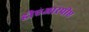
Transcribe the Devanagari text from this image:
डीएआरपीए